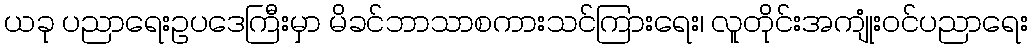
ယခု ပညာရေးဥပဒေကြီးမှာ မိခင်ဘာသာစကားသင်ကြားရေး၊ လူတိုင်းအကျုံးဝင်ပညာရေး